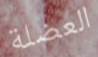
العضلة